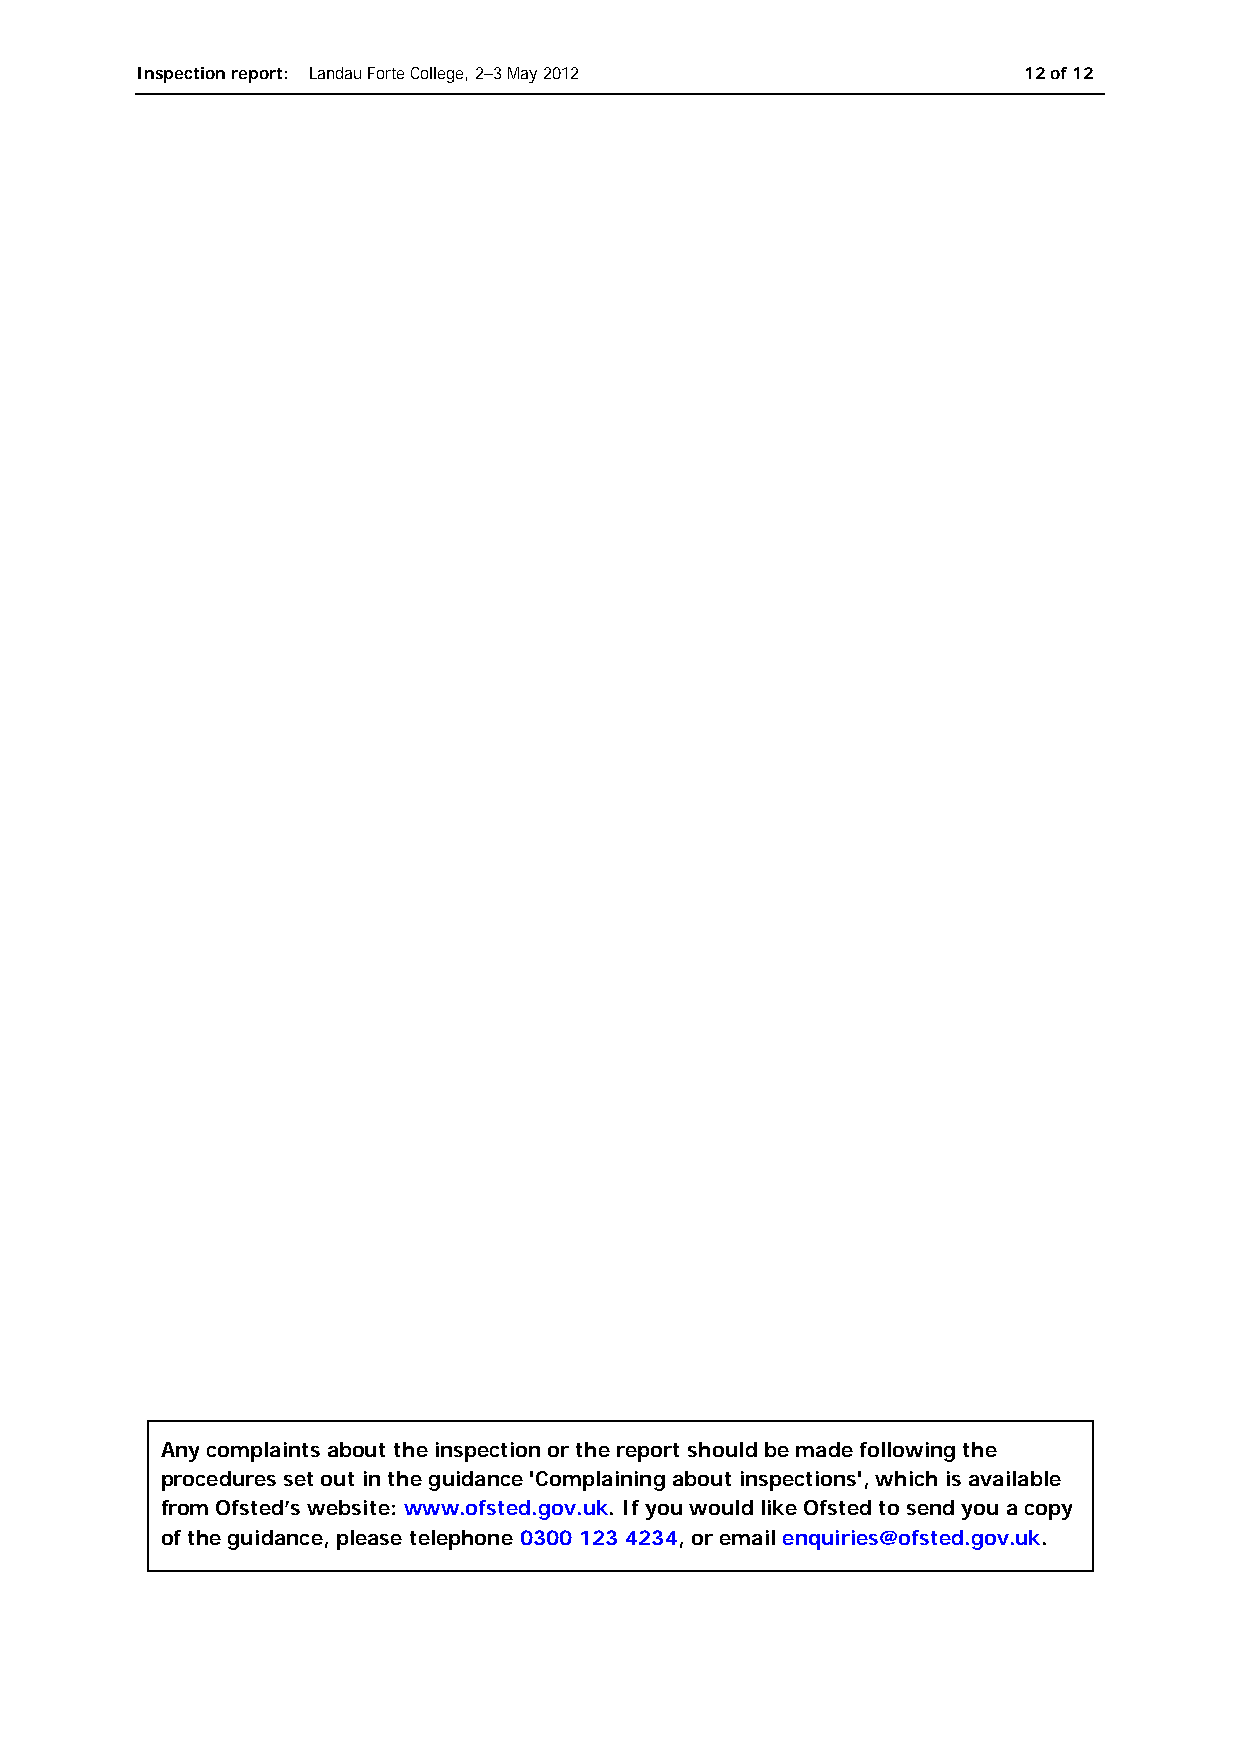
Inspection report: Landau Forte College, 2–3 May 2012      12 of 12
 Any complaints about the inspection or the report should be made following the
 procedures set out in the guidance 'Complaining about inspections', which is available
 from Ofsted’s website: www.ofsted.gov.uk. If you would like Ofsted to send you a copy
 of the guidance, please telephone 0300 123 4234, or email enquiries@ofsted.gov.uk.